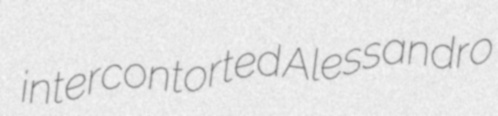
intercontorted Alessandro